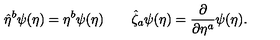
\hat { \eta } ^ { b } \psi ( \eta ) = \eta ^ { b } \psi ( \eta ) \qquad \hat { \zeta } _ { a } \psi ( \eta ) = \frac { \partial } { \partial \eta ^ { a } } \psi ( \eta ) .